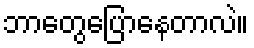
ဘာတွေပြောနေတာလဲ။